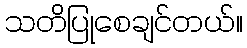
သတိပြုစေချင်တယ်။